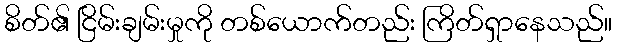
စိတ်၏ ငြိမ်းချမ်းမှုကို တစ်ယောက်တည်း ကြိတ်ရှာနေသည်။